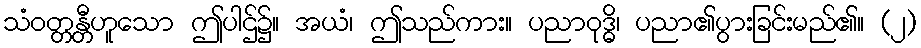
သံဝတ္တန္တီဟူသော ဤပါဌ်၌။ အယံ၊ ဤသည်ကား။ ပညာဝုဒ္ဓိ၊ ပညာ၏ပွားခြင်းမည်၏။ (၂)